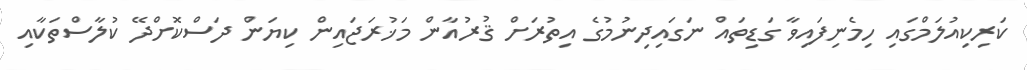
ކަރިކިއުލަމްގައި ހިމެނިފައިވާ ގަޑިތައް ނަގައިދިނުމުގެ އިތުރަށް ޤުރުއާން މަޚުރަޖައިން ކިޔަން ދަސްކޮށްދޭ ކުލާސްތަކާއި